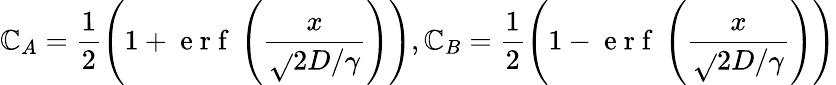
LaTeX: \mathbb{C}_{A}=\frac{{1}}{{2}}\left(1+\mathrm{{~e~r~f~}}\left(\frac{{x}}{{\sqrt{}{{2D/\gamma}}}}\right)\right),\mathbb{C}_{B}=\frac{{1}}{{2}}\left(1-\mathrm{{~e~r~f~}}\left(\frac{{x}}{{\sqrt{}{{2D/\gamma}}}}\right)\right)